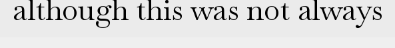
although this was not always